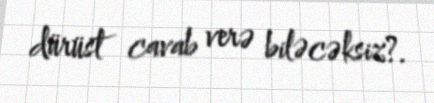
dürüst cavab verə biləcəksiz?.